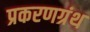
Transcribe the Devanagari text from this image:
प्रकरणग्रंथ